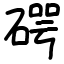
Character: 𥔲